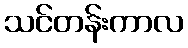
သင်တန်းကာလ